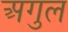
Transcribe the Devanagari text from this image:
अगुल